Annual report of the Camel Specialist
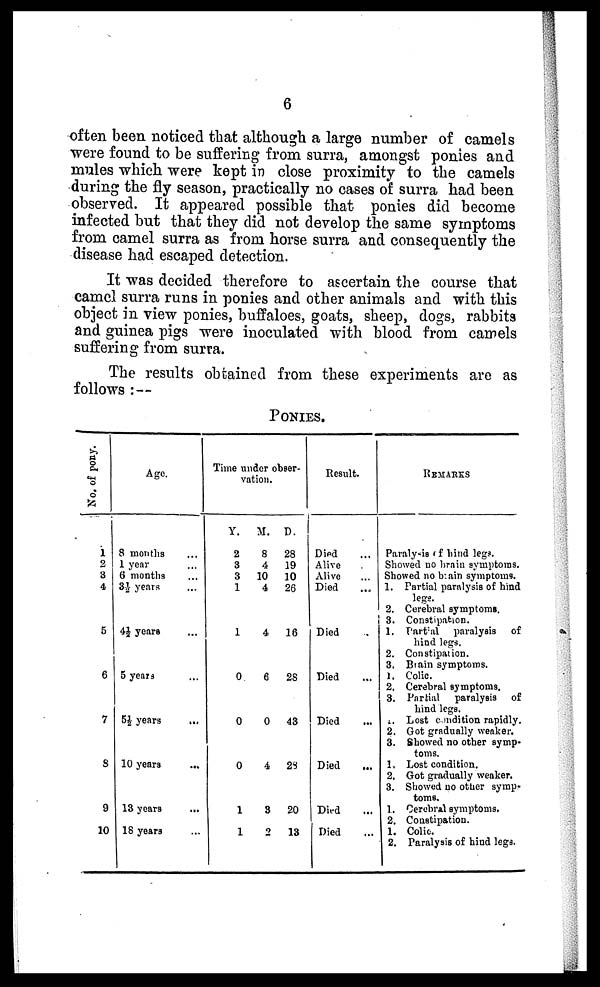
6
often been noticed that although a large number of camels
were found to be suffering from surra, amongst ponies and
mules which were kept in close proximity to the camels
during the fly season, practically no cases of surra had been
observed. It appeared possible that ponies did become
infected but that they did not develop the same symptoms
from camel surra as from horse surra and consequently the
disease had escaped detection.
It was decided therefore to ascertain the course that
camel surra runs in ponies and other animals and with this
object in view ponies, buffaloes, goats, sheep, dogs, rabbits
and guinea pigs were inoculated with blood from camels
suffering from surra.
The results obtained from these experiments are as
follows :-
PONIES.
No. of pony.
1
2
3
4
5
6
7
8
9
10
Age.
8 months ...
1 year ...
6 months ...
3½ years ...
4½ years ...
5 years ...
5½ years ...
10 years
...
13 years ...
18 years ...
Time under obser-
vation.
Y.
2
3
3
1
1
0
0
0
1
1
M.
8
4
10
4
4
6
0
4
3
2
D.
28
19
10
26
16
28
43
28
20
13
Result.
Died ...
Alive
Alive ...
Died ...
Died
Died ...
Died ...
Died
...
Died ...
Died ...
REMARKS
Paraly is of hind legs.
Showed no brain symptoms.
Showed no brain symptoms.
1. Partial paralysis of hind
legs.
2. Cerebral symptoms.
3. Constipation.
1. Partial paralysis of
hind legs.
2. Constipation.
3. Brain symptoms.
1. Colic.
2. Cerebral symptoms.
3. Partial paralysis of
hind legs.
1. Lost condition rapidly.
2. Got gradually weaker.
3. Showed no other symp-
toms.
1. Lost condition.
2. Got gradually weaker.
3. Showed no other symp-
toms.
1. Cerebral symptoms.
2. Constipation.
1. Colic.
2. Paralysis of hind legs.